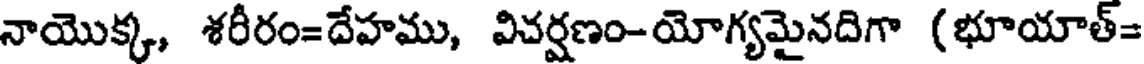
నాయొక్క, శరీరం=దేహము, విచర్షణం-యోగ్యమైనదిగా (భూయాత్=